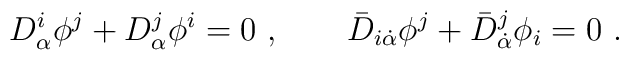
D_{\alpha }^{i}\phi ^{j}+D_{\alpha }^{j}\phi ^{i}=0\ ,\qquad  \bar{D}_{i\dot{\alpha}}\phi ^{j}+\bar{D}_{\dot{\alpha}}^{j}\phi _{i}=0\ .